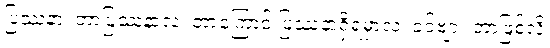
ပြဿနာ၊ ဘာပြဿနာလဲ၊ ဘာကြောင့် ပြဿနာရှိရမှာလဲ၊ ခင်ဗျား ဘာဖြစ်လို့